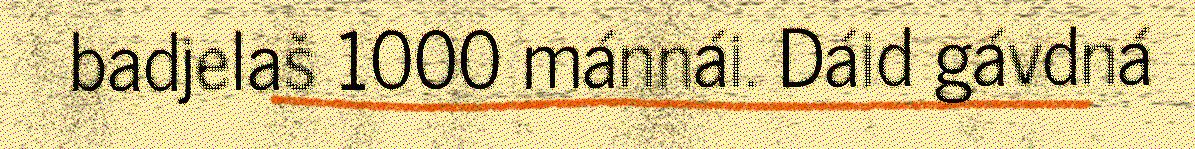
badjelaš 1000 mánnái. Dáid gávdná